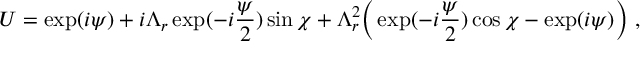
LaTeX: U = \exp ( i \psi ) + i \Lambda _ { r } \exp ( - i \frac { \psi } { 2 } ) \sin \chi + \Lambda _ { r } ^ { 2 } \Bigr ( \exp ( - i \frac { \psi } { 2 } ) \cos \chi - \exp ( i \psi ) \Bigr ) \ ,